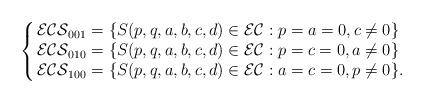
LaTeX: \begin{align*}\left\{\begin{array}{@{\,}lll} \mathcal{ECS}_{001}=\{S(p, q, a, b, c, d)\in\mathcal{EC} : p=a=0, c\ne0\}\\\mathcal{ECS}_{010}=\{S(p, q, a, b, c, d)\in\mathcal{EC} : p=c=0, a\ne0\}\\\mathcal{ECS}_{100}=\{S(p, q, a, b, c, d)\in\mathcal{EC} : a=c=0, p\ne0\}.\end{array} \right. \end{align*}